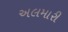
અલમારી